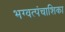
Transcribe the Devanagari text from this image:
भग्वत्पंचाशिका